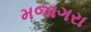
મજાગરા